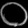
Digit: ၀